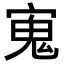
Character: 𭔉